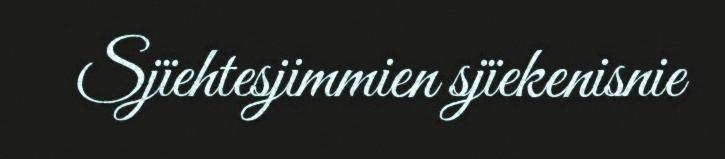
Sjïehtesjimmien sjïekenisnie